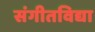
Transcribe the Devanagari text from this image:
संगीतविद्या